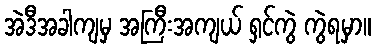
အဲဒီအခါကျမှ အကြီးအကျယ် ရှင်ကွဲ ကွဲရမှာ။